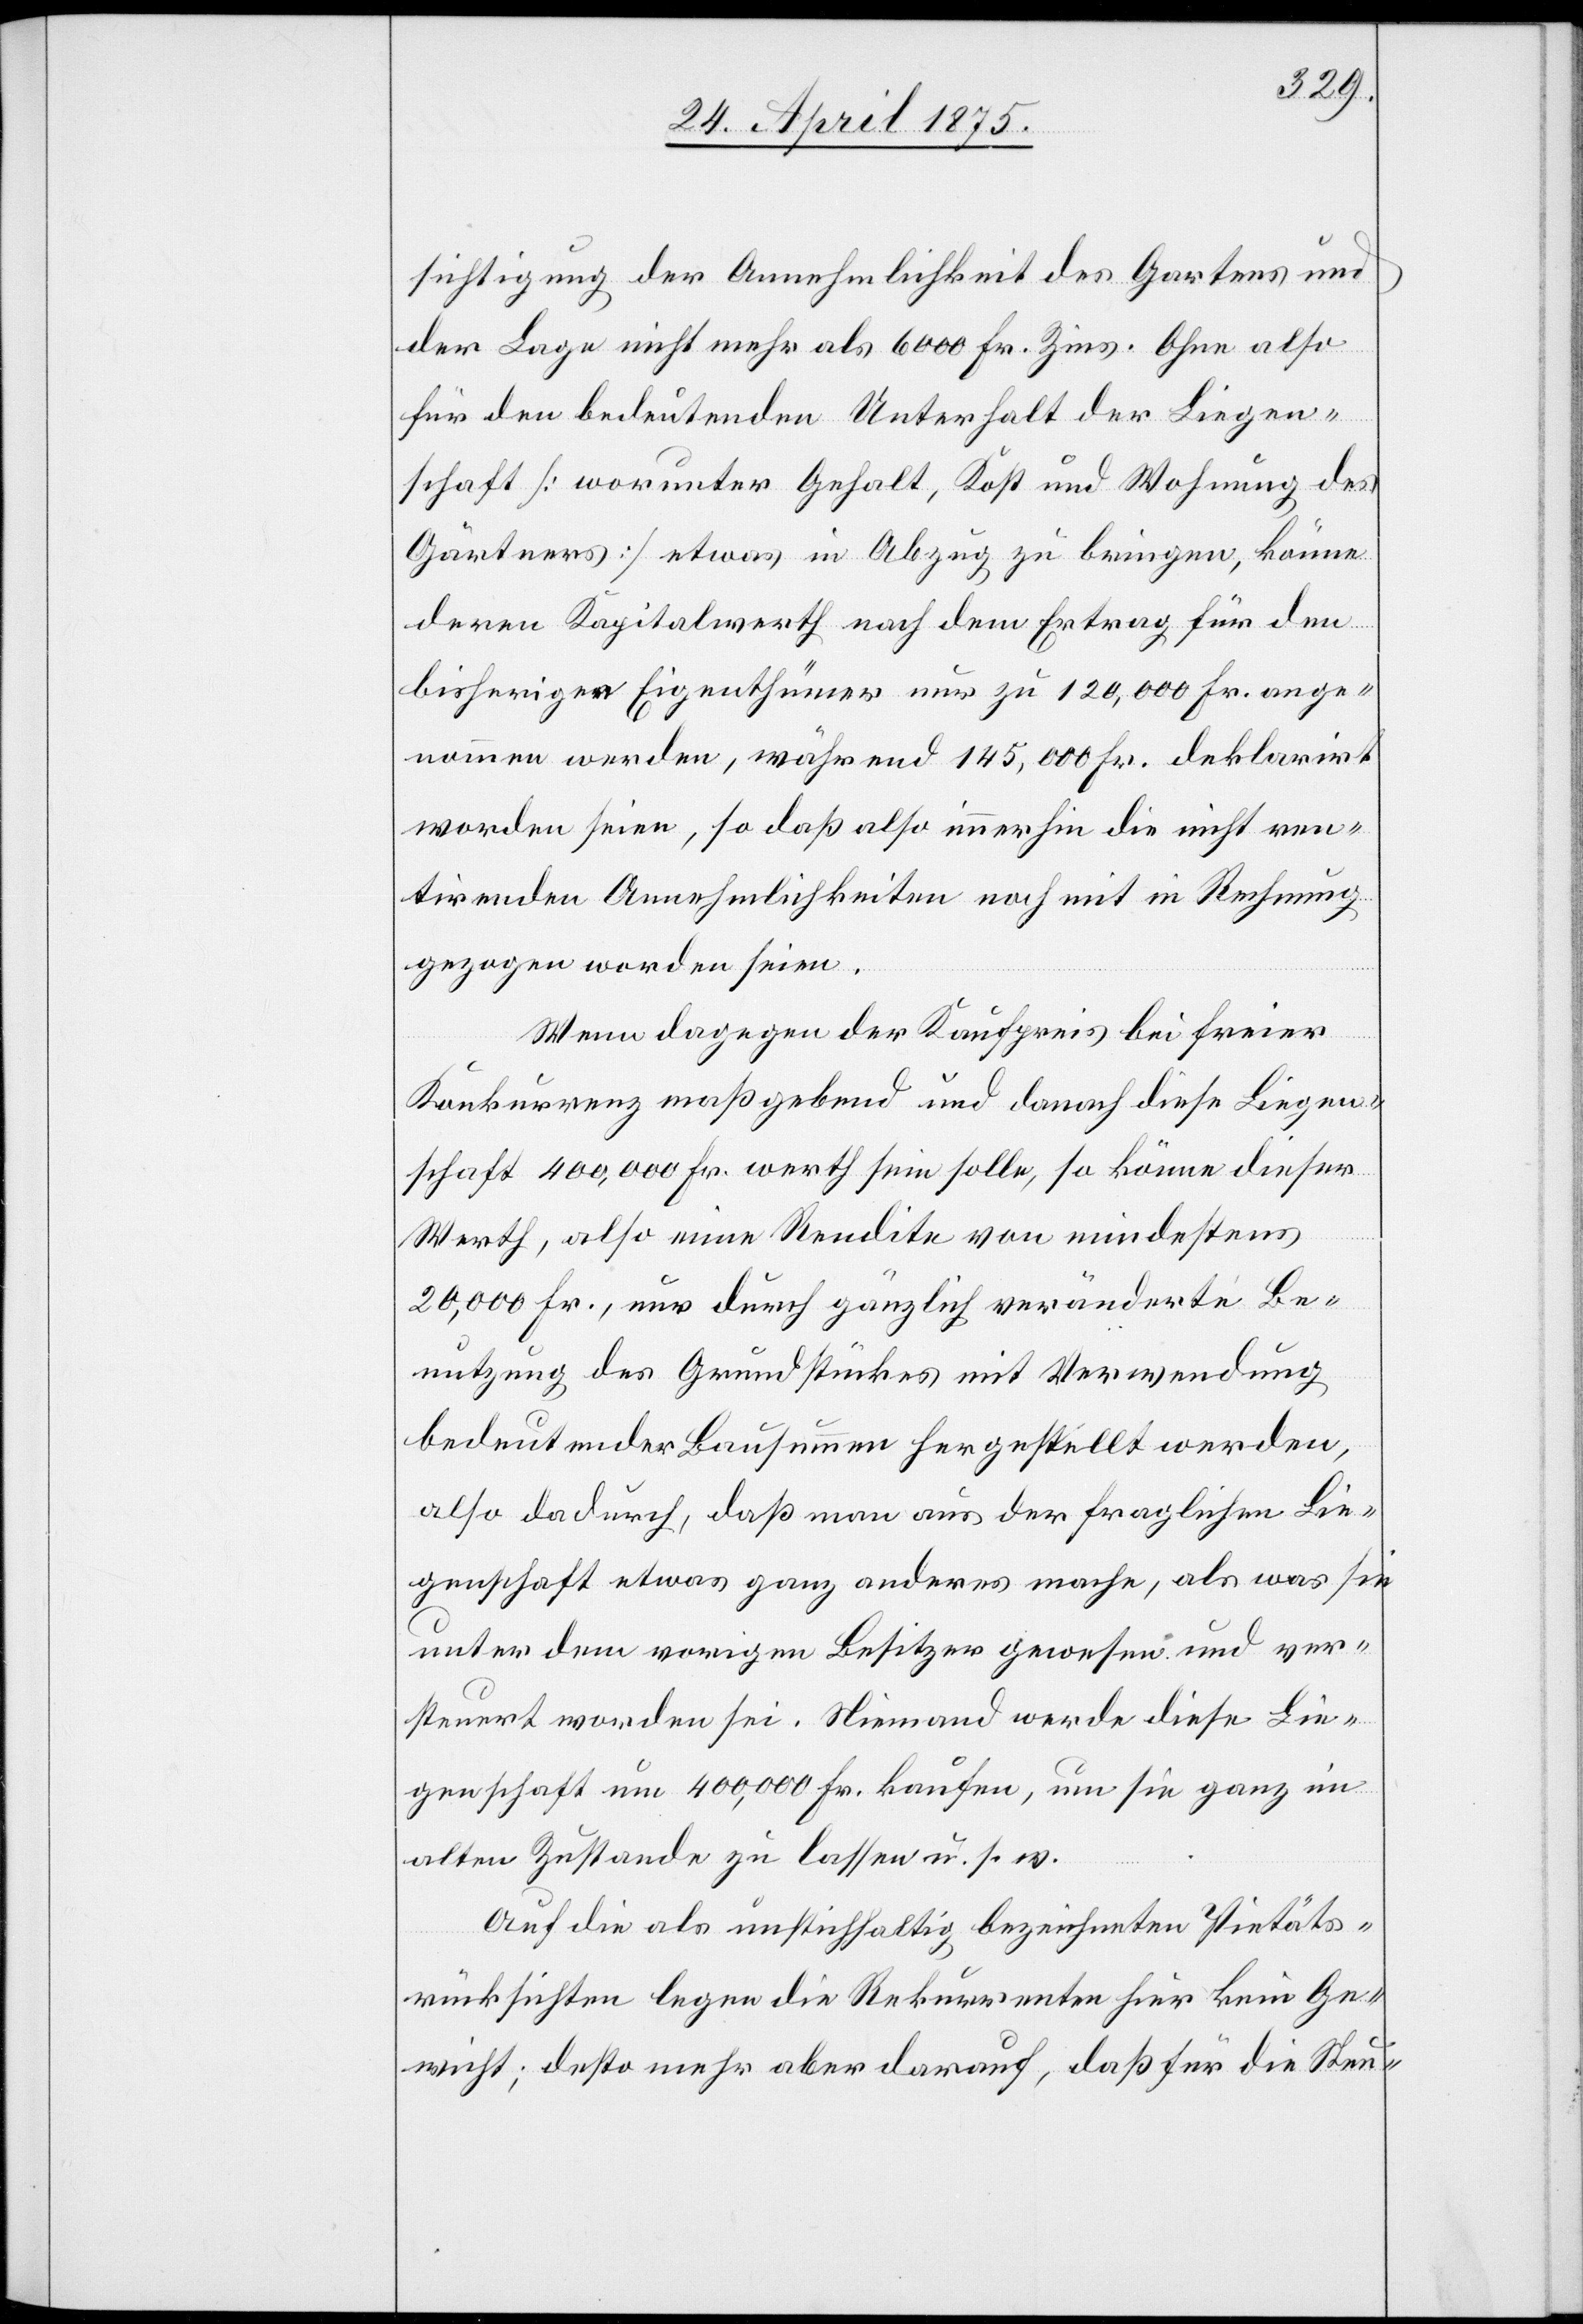
sichtigung der Annehmlichkeit des Gartens und
der Lage nicht mehr als 6000 Fr. Zins. Ohne also
für den bedeutenden Unterhalt der Liegen¬
schaft [worunter Gehalt, Kost und Wohnung des
Gärtners] etwas in Abzug zu bringen, könne
deren Kapitalwerth nach dem Ertrag für den
bisherigen Eigenthümer nur zu 120,000 Fr. ange¬
nommen werden, während 145,000 Fr. deklarirt
worden seien, so daß also immerhin die nicht ren¬
tirenden Annehmlichkeiten noch mit in Rechnung
gezogen worden seien.
Wenn dagegen der Kaufpreis bei freier
Konkurrenz maßgebend und danach diese Liegen¬
schaft 400,000 Fr. Werth sein solle, so könne dieser
Werth, also eine Rendite von mindestens
20,000 Fr., nur durch gänzlich veränderte Be¬
nutzung des Grundstückes mit Verwendung
bedeutender Bausummen hergestellt werden,
also dadurch, daß man aus der fraglichen Lie¬
genschaft etwas ganz anderes mache, als was sie
unter dem vorigen Besitzer gewesen und ver¬
steuert worden sei. Niemand werde diese Lie¬
genschaft um 400,000 Fr. kaufen, um sie ganz im
alten Zustande zu lassen u. s. w.
Auf die als unstichhaltig bezeichneten Pietäts¬
rücksichten legen die Rekurrenten hier kein Ge¬
wicht; desto mehr aber darauf, daß für die Steu-